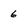
Character: 6